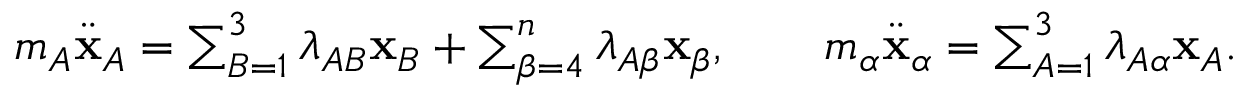
\begin{array} { r } { m _ { A } \ddot { \bf x } _ { A } = \sum _ { B = 1 } ^ { 3 } \lambda _ { A B } { \bf x } _ { B } + \sum _ { \beta = 4 } ^ { n } \lambda _ { A \beta } { \bf x } _ { \beta } , \qquad m _ { \alpha } \ddot { \bf x } _ { \alpha } = \sum _ { A = 1 } ^ { 3 } \lambda _ { A \alpha } { \bf x } _ { A } . } \end{array}